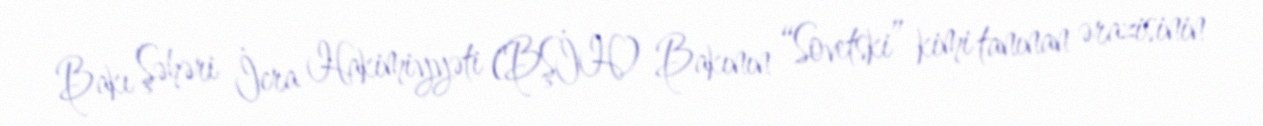
Bakı Şəhəri İcra Hakimiyyəti (BŞİH) Bakının “Sovetski” kimi tanınan ərazisinin